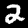
Label: 2